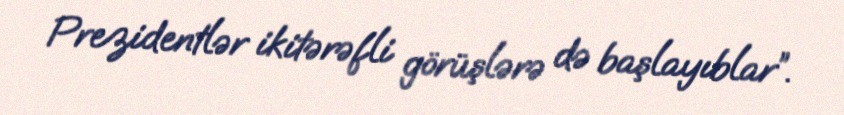
Prezidentlər ikitərəfli görüşlərə də başlayıblar”.